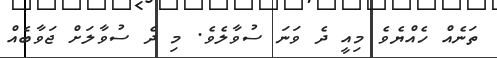
ތަނެއް ހެއްޔެވެ މިއީ ދެ ވަނަ ސުވާލެވެ. މި ދެ ސުވާލަށް ޖަވާބެއް